Civil Veterinary Dept. Bombay admin report 1923-31 - 1923-1931
Year: 1923
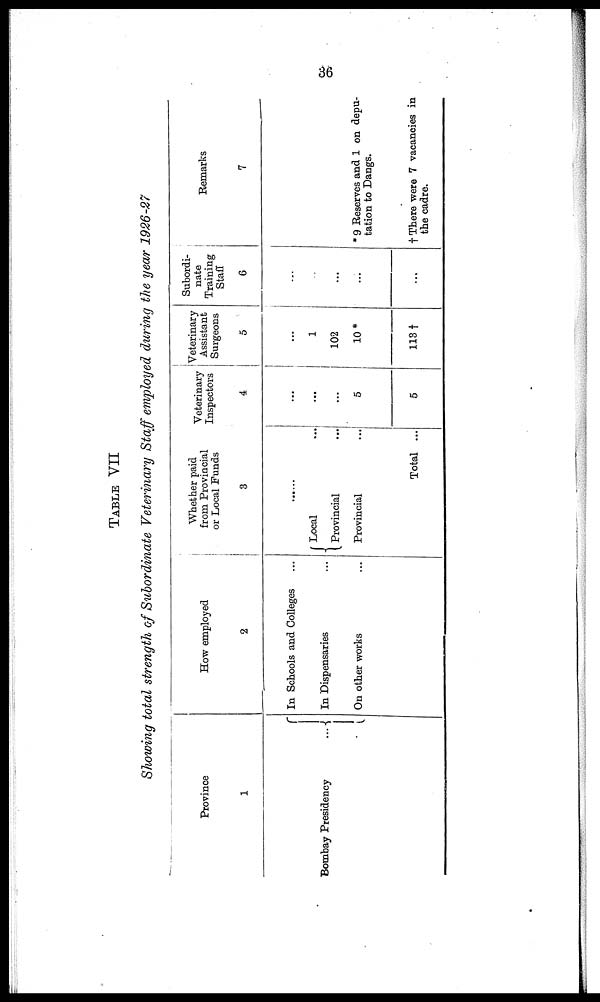
36
TABLE
VII
Showing total strength of Subordinate Veterinary Staff employed, during the year 1926-27
Province
1
Bombay Presidency
How employed
2
In Schools and Colleges ...
In Dispensaries ...
On other works ...
Whether paid
from Provincial
or Local Funds
3
......
Local ...
Provincial ...
Provincial ...
Total ...
Veterinary
Inspectors
4
...
...
...
5
5
Veterinary
Assistant
Surgeons
5
...
1
102
10*
113 †
Subordi-
nate
Training
Staff
6
...
...
...
...
...
Remarks
7
* 9 Reserves and 1 on depu-
tation to Dangs.
† There were 7 vacancies in
the cadre.